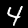
Label: 4